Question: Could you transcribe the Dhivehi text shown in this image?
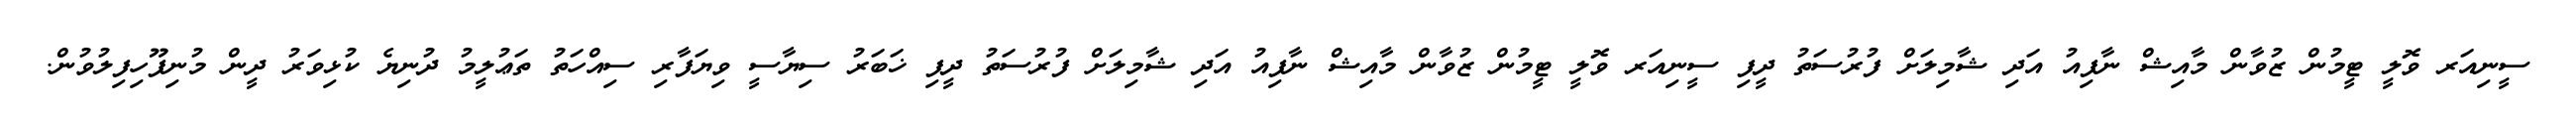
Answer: ސީނިއަރ ވޮލީ ޓީމުން ޒުވާން މާއިޝް ނާފިއު އަދި ޝާމިލަށް ފުރުސަތު ދީފި ސީނިއަރ ވޮލީ ޓީމުން ޒުވާން މާއިޝް ނާފިއު އަދި ޝާމިލަށް ފުރުސަތު ދީފި ޚަބަރު ސިޔާސީ ވިޔަފާރި ސިއްހަތު ތަޢުލީމު ދުނިޔެ ކުޅިވަރު ދީން މުނިފޫހިފިލުވުން.